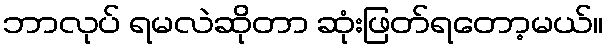
ဘာလုပ် ရမလဲဆိုတာ ဆုံးဖြတ်ရတော့မယ်။